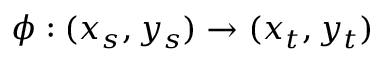
\phi : ( x _ { s } , y _ { s } ) \rightarrow ( x _ { t } , y _ { t } )